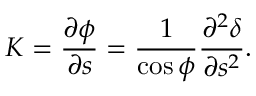
K = \frac { \partial \phi } { \partial s } = \frac { 1 } { \cos \phi } \frac { \partial ^ { 2 } \delta } { \partial s ^ { 2 } } .